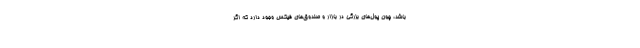
باشد، چون پول‌های بزرگی در بازار و صندوق‌های فیکس وجود دارد که اگر